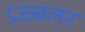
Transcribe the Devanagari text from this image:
प्रज्ज्वलन